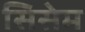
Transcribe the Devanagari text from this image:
सिसेम